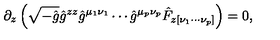
\partial _ { z } \left( \sqrt { - \hat { g } } \hat { g } ^ { z z } \hat { g } ^ { \mu _ { 1 } \nu _ { 1 } } \cdots \hat { g } ^ { \mu _ { p } \nu _ { p } } \hat { F } _ { z [ \nu _ { 1 } \cdots \nu _ { p } ] } \right) = 0 ,